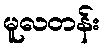
မူလတန်း